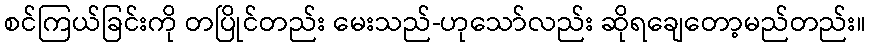
စင်ကြယ်ခြင်းကို တပြိုင်တည်း မေးသည်-ဟုသော်လည်း ဆိုရချေတော့မည်တည်း။